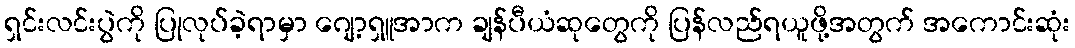
ရှင်းလင်းပွဲကို ပြုလုပ်ခဲ့ရာမှာ ဂျော့ရှူအာက ချန်ပီယံဆုတွေကို ပြန်လည်ရယူဖို့အတွက် အကောင်းဆုံး